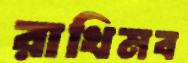
রাখিমব